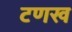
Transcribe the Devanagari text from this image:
टणख